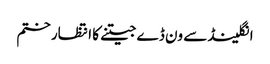
انگلینڈ سے ون ڈے جیتنے کا انتظار ختم